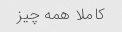
کاملا همه چیز